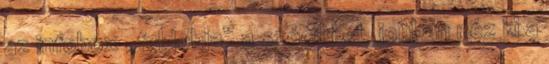
az infobox „feldobja” a szócikket, jobban néz ki a